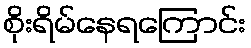
စိုးရိမ်နေရကြောင်း